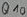
Text: Q10